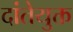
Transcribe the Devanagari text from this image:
दांतेयुक्त